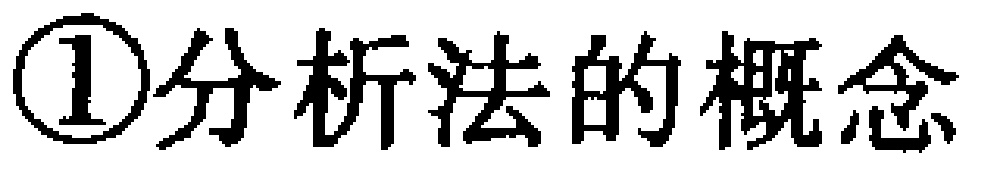
\textcircled{1}分析法的概念